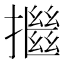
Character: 𢷖